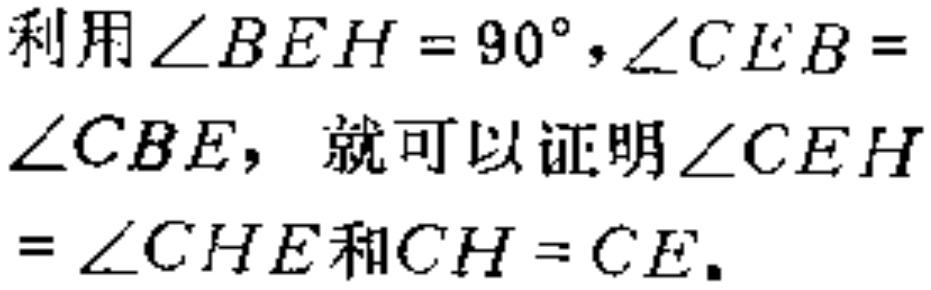
利用$\angle BEH = 90^{\circ},\angle CEB = \angle CBE$，就可以证明$\angle CEH=\angle CHE$和$CH = CE$。